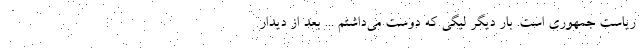
ریاست جمهوری است. بار دیگر لیگی که دوست می‌داشتم ... بعد از دیدار